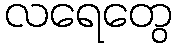
လရေတွေ